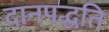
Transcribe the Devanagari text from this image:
दानपद्धति